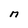
Character: M